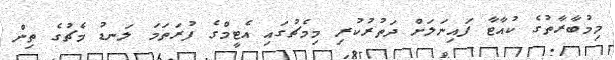
މިމުބާރާތުގެ ކުއާޓާ ފައިނަލަށް ދަތުރުކުރި މިމެޗުގައި އެޓީމްގެ ފުރަތަމަ ލަނޑު މެޗުގެ ތިން